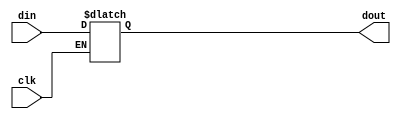
// This program was cloned from: https://github.com/intel/aib-phy-hardware
// License: Apache License 2.0

// SPDX-License-Identifier: Apache-2.0
// Copyright (C) 2019 Intel Corporation. All rights reserved
module cfg_cmn_latch (
  input      din,
  input      clk,
  output reg dout
);

  always @(*)
    if (clk)
      dout <= din;

endmodule